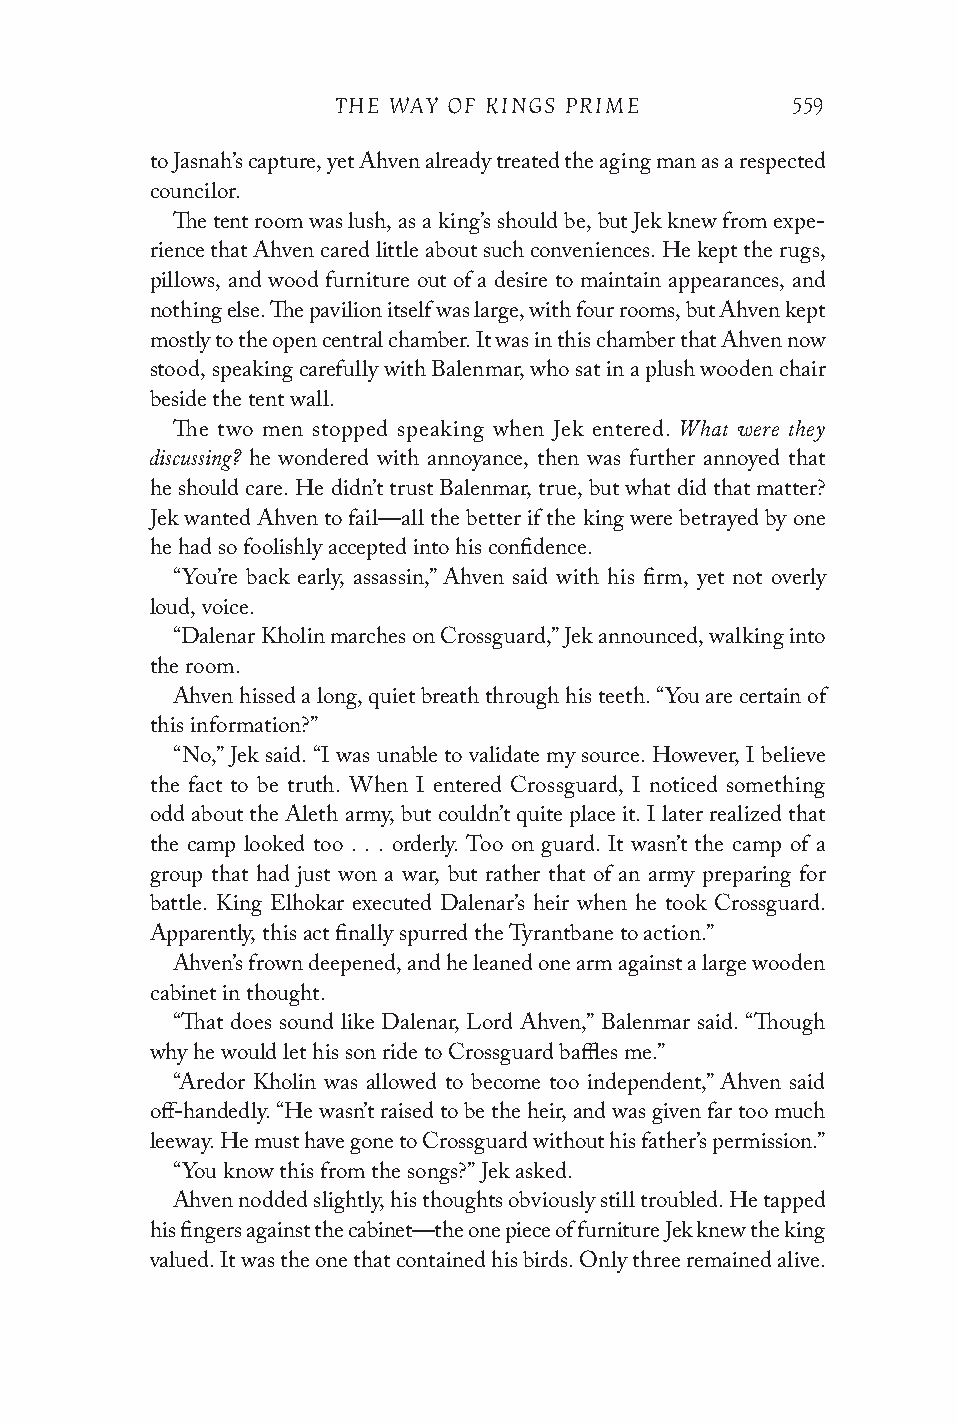
THE WAY OF KINGS PRIME        559
 to Jasnah’s capture, yet Ahven already treated the aging man as a respected
 councilor.
 The tent room was lush, as a king’s should be, but Jek knew from expe-
 rience that Ahven cared little about such conveniences. He kept the rugs,
 pillows, and wood furniture out of a desire to maintain appearances, and
 nothing else. The pavilion itself was large, with four rooms, but Ahven kept
 mostly to the open central chamber. It was in this chamber that Ahven now
 stood, speaking carefully with Balenmar, who sat in a plush wooden chair
 beside the tent wall.
 What were they
 The two men stopped speaking when Jek entered.
 discussing?
 he wondered with annoyance, then was further annoyed that
 he should care. He didn’t trust Balenmar, true, but what did that matter?
 Jek wanted Ahven to fail—all the better if the king were betrayed by one
 he had so foolishly accepted into his confidence.
 “You’re back early, assassin,” Ahven said with his firm, yet not overly
 loud, voice.
 “Dalenar Kholin marches on Crossguard,” Jek announced, walking into
 the room.
 Ahven hissed a long, quiet breath through his teeth. “You are certain of
 this information?”
 “No,” Jek said. “I was unable to validate my source. However, I believe
 the fact to be truth. When I entered Crossguard, I noticed something
 odd about the Aleth army, but couldn’t quite place it. I later realized that
 the camp looked too . . . orderly. Too on guard. It wasn’t the camp of a
 group that had just won a war, but rather that of an army preparing for
 battle. King Elhokar executed Dalenar’s heir when he took Crossguard.
 Apparently, this act finally spurred the Tyrantbane to action.”
 Ahven’s frown deepened, and he leaned one arm against a large wooden
 cabinet in thought.
 “That does sound like Dalenar, Lord Ahven,” Balenmar said. “Though
 why he would let his son ride to Crossguard baffles me.”
 “Aredor Kholin was allowed to become too independent,” Ahven said
 off-handedly. “He wasn’t raised to be the heir, and was given far too much
 leeway. He must have gone to Crossguard without his father’s permission.”
 “You know this from the songs?” Jek asked.
 Ahven nodded slightly, his thoughts obviously still troubled. He tapped
 his fingers against the cabinet—the one piece of furniture Jek knew the king
 valued. It was the one that contained his birds. Only three remained alive.